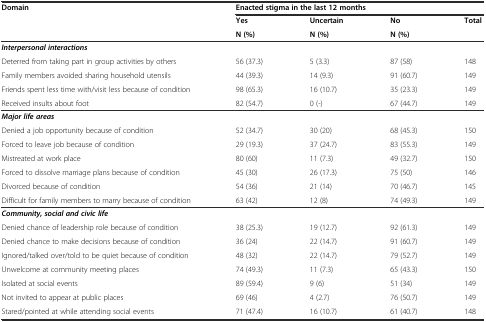
| Domain | <COLSPAN=4> Enacted stigma in the last 12 months |
 |  | Yes | Uncertain | No | Total |
 |  | N (%) | N (%) | N (%) |  |
 | --- | --- | --- | --- | --- |
 | <COLSPAN=5> Interpersonal interactions |
 | Deterred from taking part in group activities by others | 56 (37.3) | 5 (3.3) | 87 (58) | 148 |
 | Family members avoided sharing household utensils | 44 (39.3) | 14 (9.3) | 91 (60.7) | 149 |
 | Friends spent less time with/visit less because of condition | 98 (65.3) | 16 (10.7) | 35 (23.3) | 149 |
 | Received insults about foot | 82 (54.7) | 0 (-) | 67 (44.7) | 149 |
 | <COLSPAN=5> Major life areas |
 | Denied a job opportunity because of condition | 52 (34.7) | 30 (20) | 68 (45.3) | 150 |
 | Forced to leave job because of condition | 29 (19.3) | 37 (24.7) | 83 (55.3) | 149 |
 | Mistreated at work place | 80 (60) | 11 (7.3) | 49 (32.7) | 150 |
 | Forced to dissolve marriage plans because of condition | 45 (30) | 26 (17.3) | 75 (50) | 146 |
 | Divorced because of condition | 54 (36) | 21 (14) | 70 (46.7) | 145 |
 | Difficult for family members to marry because of condition | 63 (42) | 12 (8) | 74 (49.3) | 149 |
 | <COLSPAN=5> Community, social and civic life |
 | Denied chance of leadership role because of condition | 38 (25.3) | 19 (12.7) | 92 (61.3) | 149 |
 | Denied chance to make decisions because of condition | 36 (24) | 22 (14.7) | 91 (60.7) | 149 |
 | Ignored/talked over/told to be quiet because of condition | 48 (32) | 22 (14.7) | 79 (52.7) | 149 |
 | Unwelcome at community meeting places | 74 (49.3) | 11 (7.3) | 65 (43.3) | 150 |
 | Isolated at social events | 89 (59.4) | 9 (6) | 51 (34) | 149 |
 | Not invited to appear at public places | 69 (46) | 4 (2.7) | 76 (50.7) | 149 |
 | Stared/pointed at while attending social events | 71 (47.4) | 16 (10.7) | 61 (40.7) | 148 |